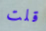
قلت